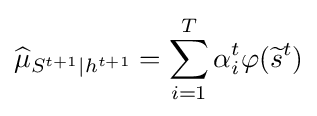
{\widehat {\mu }}_{S^{t+1}\mid h^{t+1}}=\sum _{i=1}^{T}\alpha _{i}^{t}\varphi ({\widetilde {s}}^{t})